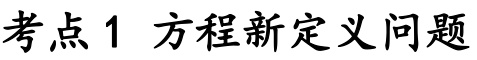
考点1 方程新定义问题